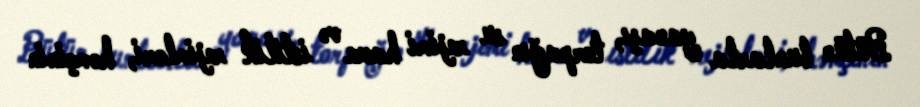
Bütün bunlarla yanaşı, torpağın su rejimi hava və istilik rejimləri, həmçinin